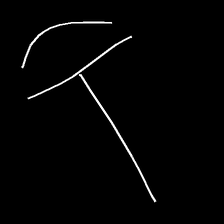
Glyph: dispersion